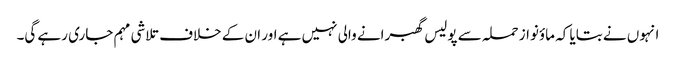
انہوں نے بتایا کہ ماؤنواز حملہ سے پولیس گھبرانے والی نہیں ہے اور ان کے خلاف تلاشی مہم جاری رہے گی۔